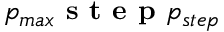
p _ { m a x } \textbf { s t e p } p _ { s t e p }